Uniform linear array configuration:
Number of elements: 32
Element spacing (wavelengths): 0.25
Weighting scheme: uniform
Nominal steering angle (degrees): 30
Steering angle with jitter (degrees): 28.707
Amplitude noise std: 0.05
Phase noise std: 0.05

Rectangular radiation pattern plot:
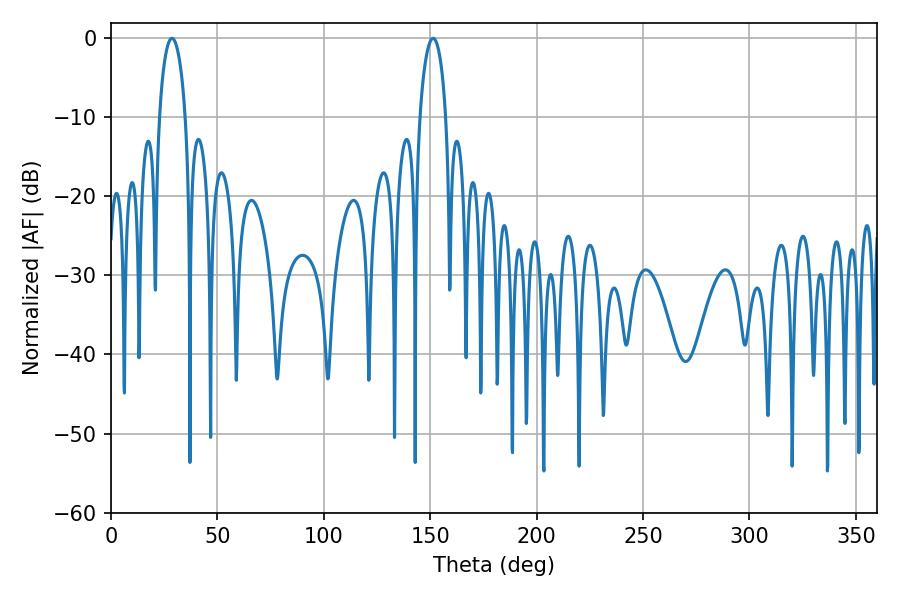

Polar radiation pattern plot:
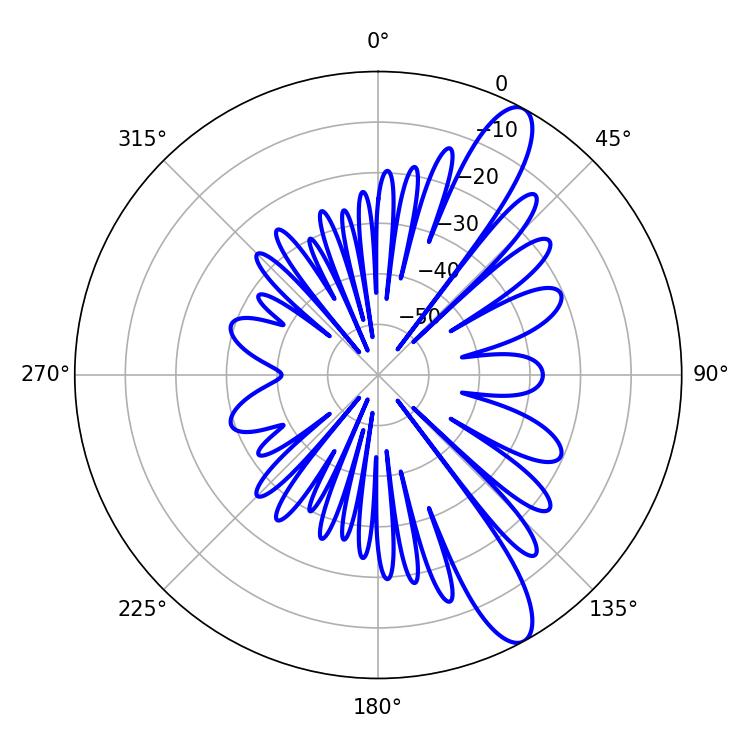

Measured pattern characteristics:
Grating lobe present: FALSE
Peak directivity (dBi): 11.679
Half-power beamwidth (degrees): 7.02
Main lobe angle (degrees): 28.62